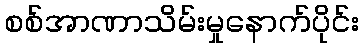
စစ်အာဏာသိမ်းမှုနောက်ပိုင်း